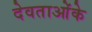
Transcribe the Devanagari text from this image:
देवताओंके